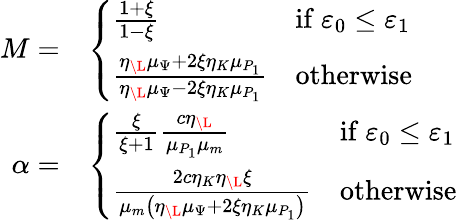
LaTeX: \begin{array}{rl}{M=}&{\left\{ \begin{array}{ll}{\frac{1+\xi}{1-\xi}}&{\mathrm{if}~\varepsilon_{0}\leq\varepsilon_{1}}\\ {\frac{\eta_{\L}\mu_{\Psi}+2\xi\eta_{K}\mu_{P_{1}}}{\eta_{\L}\mu_{\Psi}-2\xi\eta_{K}\mu_{P_{1}}}}&{\mathrm{otherwise}}\end{array}\right.}\\ {\alpha=}&{\left\{ \begin{array}{ll}{\frac{\xi}{\xi+1}\frac{c\eta_{\L}}{\mu_{P_{1}}\mu_{m}}}&{\mathrm{if}~\varepsilon_{0}\leq\varepsilon_{1}}\\ {\frac{2c\eta_{K}\eta_{\L}\xi}{\mu_{m}\left(\eta_{\L}\mu_{\Psi}+2\xi\eta_{K}\mu_{P_{1}}\right)}}&{\mathrm{otherwise}}\end{array}\right.}\end{array}